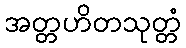
အတ္တဟိတသုတ္တံ